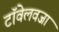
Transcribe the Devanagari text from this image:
टॉवेलवजा